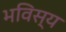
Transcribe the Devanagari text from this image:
भविस्य